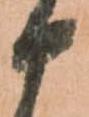
十